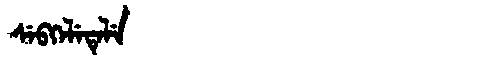
Manchu: ᠰᡝᠪᡴᡝᠯᡝᡨᡝᠯᡝ
Romanization: SEBKELETELE